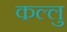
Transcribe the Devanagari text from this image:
कल्लु